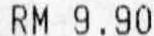
RM 9.90